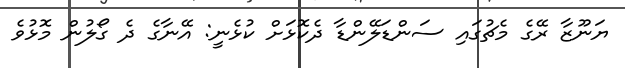
ޔަނޫޒާ ރޭގެ މެޗުގައި ސަންޑަލޭންޑާ ދެކޮޅަށް ކުޅެނީ: އޭނާގެ ދެ ގޯލުން މޮޅުވެ